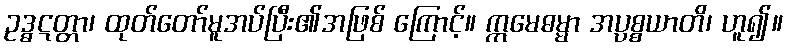
ဥဒ္ဓဋတ္တာ၊ ထုတ်တော်မူအပ်ပြီး၏အဖြစ် ကြောင့်။ ဣမေဓမ္မာ အပ္ပစ္စယာတိ၊ ဟူ၍။